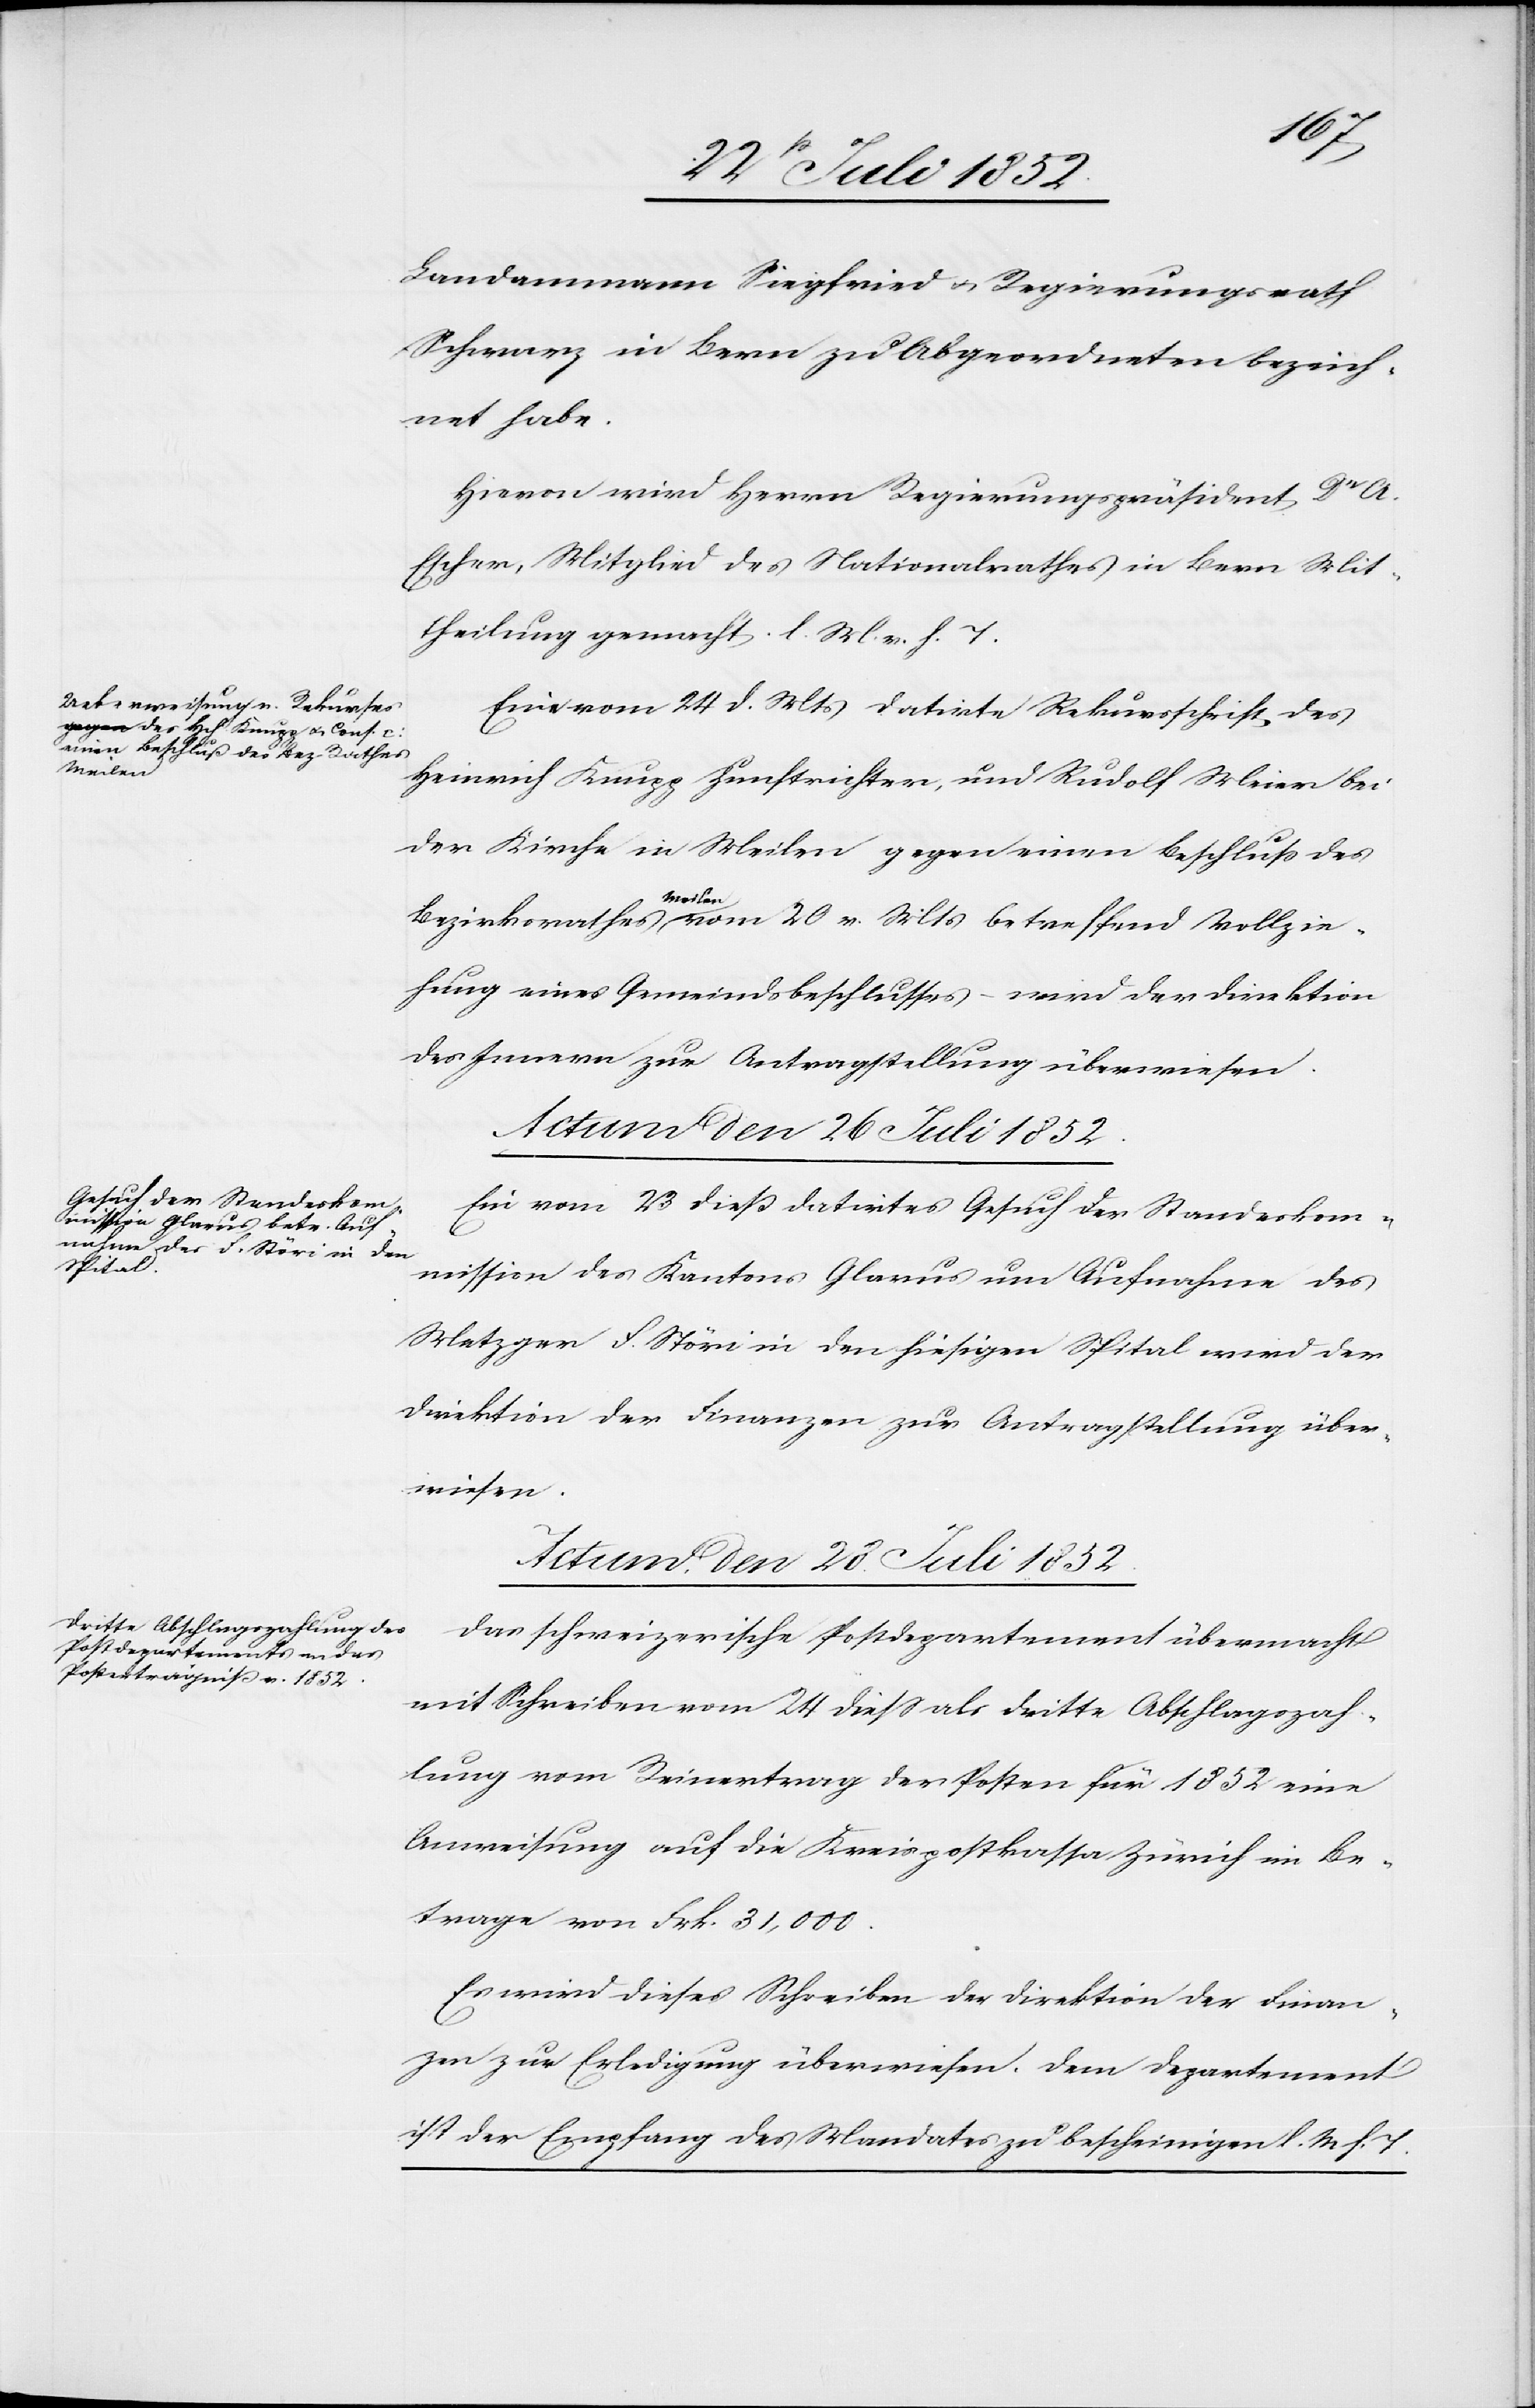
Landammann Siegfried & Regierungsrath
Schwarz in Bern zu Abgeordneten bezeich¬
net habe.
Hievon wird Herrn Regierungspräsident Dr A.
Escher, Mitglied des Nationalrathes in Bern Mit¬
theilung gemacht. l. M. v. h. T.
Eine vom 24 d. Mts datirte Rekursschrift des
Heinrich Knupp Zunftrichter, und Rudolf Meier bei
der Kirche in Meilen gegen einen Beschluss des
Bezirksrathes Meilen vom 20 v. Mts betreffend Vollzie¬
hung eines Gemeindsbeschlusses – wird der Direktion
des Innern zur Antragstellung überwiesen.
Ein vom 23 dieß datirtes Gesuch der Standeskom¬
mission des Kantons Glarus um Aufnahme des
Metzger F. Störi in den hiesigen Spital wird der
Direktion der Finanzen zur Antragstellung über¬
wiesen.
Actum, den 28. Juli 1852.
Das schweizerische Postdepartement übermacht
mit Schreiben vom 24 diess als dritte Abschlagszah¬
lung vom Reinertrag der Posten für 1852 eine
Anweisung auf die Kreispostkassa Zürich im Be¬
trage von Frk. 31,000.
Es wird dieses Schreiben der Direktion der Finan¬
zen zur Erledigung überwiesen. Dem Departement
ist der Empfang des Mandates zu bescheinigen l. M h. T.